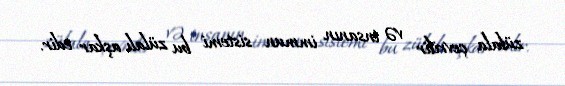
zülala çevrilir və insanın immun sistemi bu zülalı aşkar edir.